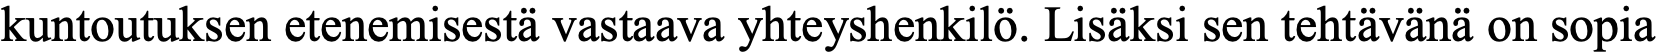
kuntoutuksen etenemisestä vastaava yhteyshenkilö. Lisäksi sen tehtävänä on sopia